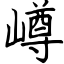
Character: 嶟